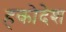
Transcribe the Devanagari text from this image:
हकोदेश